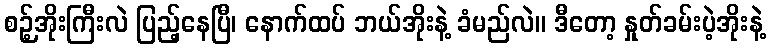
စဉ့်အိုးကြီးလဲ ပြည့်နေပြီ၊ နောက်ထပ် ဘယ်အိုးနဲ့ ခံမည်လဲ။ ဒီတော့ နှုတ်ခမ်းပဲ့အိုးနဲ့